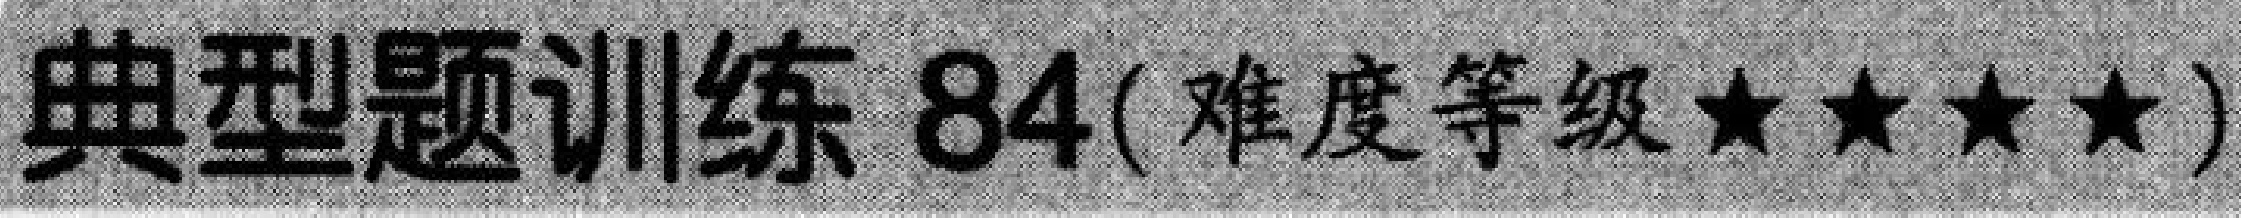
典型题训练 \(84\)(难度等级 \(\star\star\star\star\))